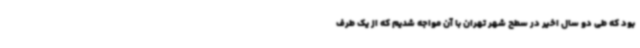
بود که طی دو سال اخیر در سطح شهر تهران با آن مواجه شدیم که از یک طرف